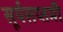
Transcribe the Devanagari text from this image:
सूर्यसप्तमी